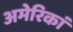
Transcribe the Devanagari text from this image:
अमेरिकां